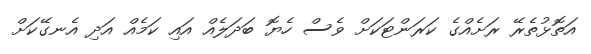
އަތޮޅުތެރޭ ރަށެއްގެ ކަރަންޓަކަށް ވެސް ހެޔޮ ބަދަލެއް އައި ކަމެއް އަދި އެނގޭކަށް